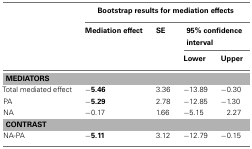
|  | <COLSPAN=4> Bootstrap results for mediation effects |
 |  | Mediation effect | SE | <COLSPAN=2> 95% confidence interval |
 |  |  |  | Lower | Upper |
 | --- | --- | --- | --- | --- |
 | <COLSPAN=5> MEDIATORS |
 | Total mediated effect | −5.46 | 3.36 | −13.89 | −0.30 |
 | PA | −5.29 | 2.78 | −12.85 | −1.30 |
 | NA | −0.17 | 1.66 | −5.15 | 2.27 |
 | <COLSPAN=5> CONTRAST |
 | NA-PA | −5.11 | 3.12 | −12.79 | −0.15 |